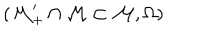
( \mathcal { M } _ { + } ^ { \prime } \cap \mathcal { M } \subset \mathcal { M } , \Omega \mathcal { ) }